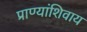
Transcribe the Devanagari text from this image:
प्राण्यांशिवाय